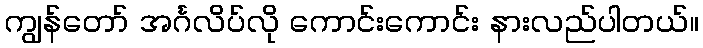
ကျွန်တော် အင်္ဂလိပ်လို ကောင်းကောင်း နားလည်ပါတယ်။